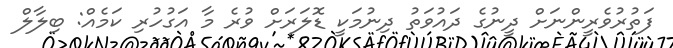
ފަތުރުވެރީންނަށް ދީނުގެ ދައުވަތު ދިނުމަކީ ޑޮލަރަށް ވުރެ މާ އަގުހުރި ކަމެއް: ބިލާލް